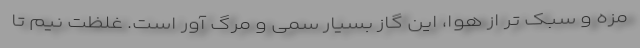
مزه و سبک تر از هوا، این گاز بسیار سمی و مرگ آور است. غلظت نیم تا